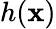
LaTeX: h(\mathbf{x})